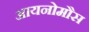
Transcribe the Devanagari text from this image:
आयनोमौस